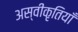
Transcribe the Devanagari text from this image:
अस्वीकृतियाँ